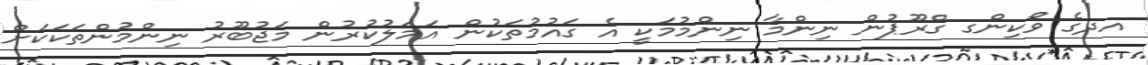
އދގެ ވޯކިންގ ގްރޫޕުން ނިންމާ ނިންމުމަކީ އެ ގައުމުތަކުން އަމަލުކުރުން މަޖުބޫރު ނިންމުންތަކަކަށް